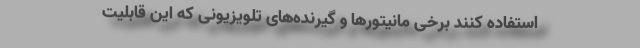
استفاده کنند برخی مانیتورها و گیرنده‌های تلویزیونی که این قابلیت